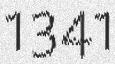
1341